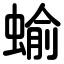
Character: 蝓